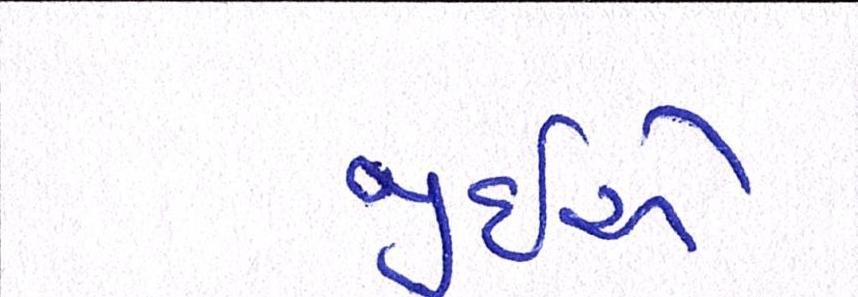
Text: જીઇએ